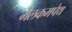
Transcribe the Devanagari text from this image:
मैलकमपेथ